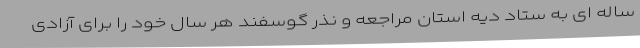
ساله ای به ستاد دیه استان مراجعه و نذر گوسفند هر سال خود را برای آزادی